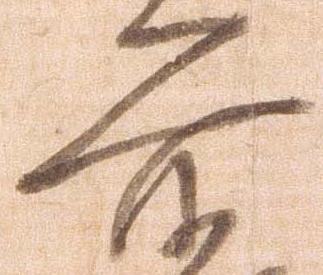
前